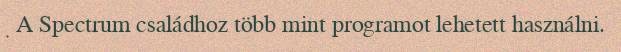
A Spectrum családhoz több mint programot lehetett használni.